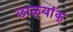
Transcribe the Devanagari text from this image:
छाळ्यांक्